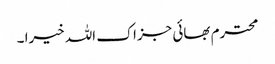
محترم بھائی جزاک اللہ خیرا ۔